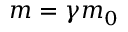
m = \gamma m _ { 0 }